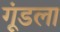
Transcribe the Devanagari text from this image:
गूंडला